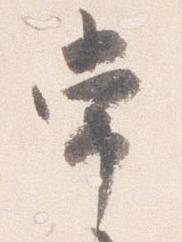
常